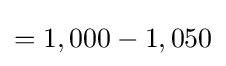
=1,000-1,050